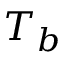
T _ { b }